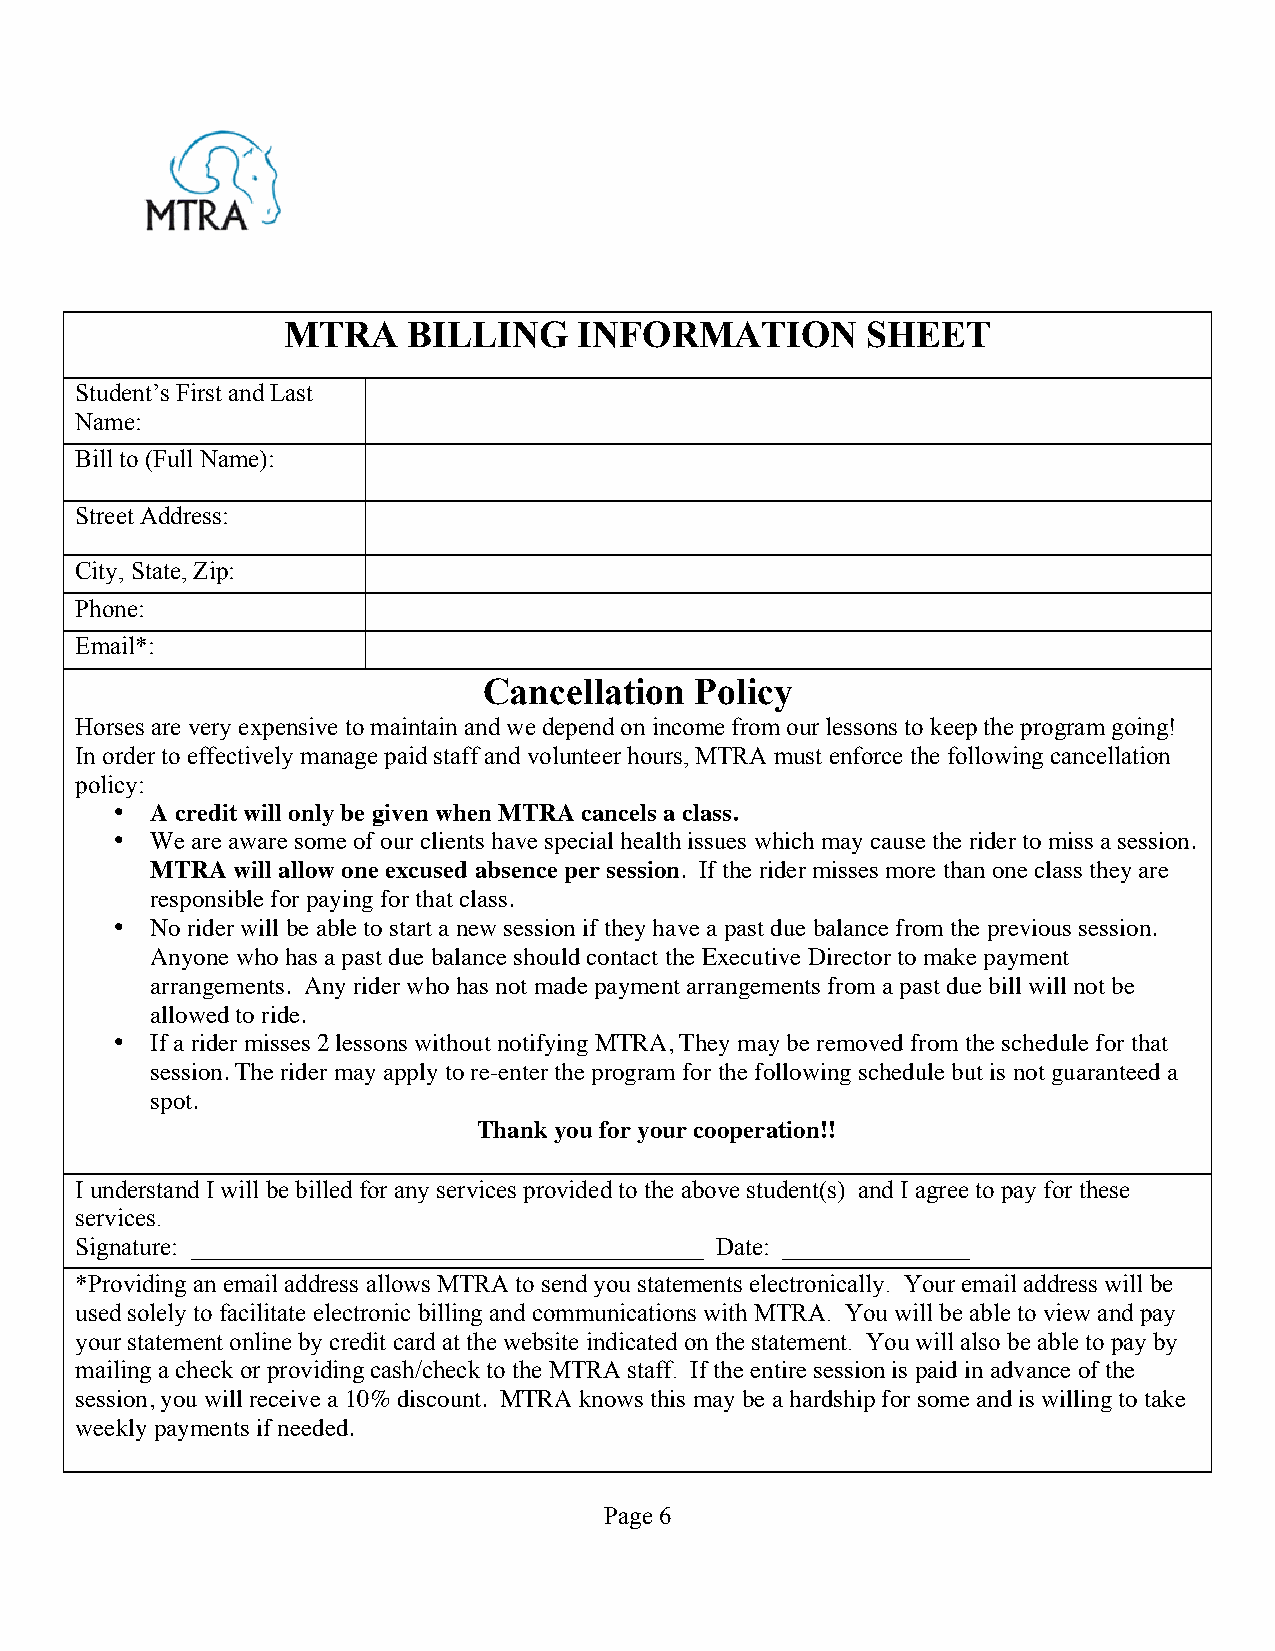
MTRA    BILLING    INFORMATION        SHEET
 Student’s First and Last
 Name:
 Bill to (Full Name):
 Street Address:
 City, State, Zip:
 Phone:
 Email*:
 Cancellation  Policy
 Horses are very expensive to maintain and we depend on income from our lessons to keep the program going!
 In order to effectively manage paid staff and volunteer hours, MTRA must enforce the following cancellation
 policy:
 •  A credit will only be given when MTRA cancels a class.
 •  We are aware some of our clients have special health issues which may cause the rider to miss a session.
 MTRA will allow one excused absence per session. If the rider misses more than one class they are
 responsible for paying for that class.
 •  No rider will be able to start a new session if they have a past due balance from the previous session.
 Anyone who has a past due balance should contact the Executive Director to make payment
 arrangements. Any rider who has not made payment arrangements from a past due bill will not be
 allowed to ride.
 •  If a rider misses 2 lessons without notifying MTRA, They may be removed from the schedule for that
 session. The rider may apply to re-enter the program for the following schedule but is not guaranteed a
 spot.
 Thank you for your cooperation!!
 I understand I will be billed for any services provided to the above student(s) and I agree to pay for these
 services.
 Signature: _________________________________________ Date: _______________
 *Providing an email address allows MTRA to send you statements electronically. Your email address will be
 used solely to facilitate electronic billing and communications with MTRA. You will be able to view and pay
 your statement online by credit card at the website indicated on the statement. You will also be able to pay by
 mailing a check or providing cash/check to the MTRA staff. If the entire session is paid in advance of the
 session, you will receive a 10% discount. MTRA knows this may be a hardship for some and is willing to take
 weekly payments if needed.
 Page 6